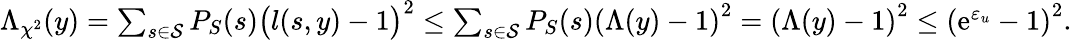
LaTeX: \begin{array}{r}{\Lambda_{\chi^{2}}(y)=\sum_{s\in\mathcal{S}}P_{S}(s)\big(l(s,y)-1\big)^{2}\leq\sum_{s\in\mathcal{S}}P_{S}(s)\left(\Lambda(y)-1\right)^{2}=\left(\Lambda(y)-1\right)^{2}\leq\left(\mathrm{e}^{\varepsilon_{u}}-1\right)^{2}.}\end{array}